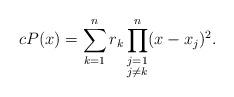
LaTeX: \begin{align*}cP(x)=\sum_{k=1}^n r_k\prod_{\substack{j=1\\j\neq k}}^n (x-x_j)^2.\end{align*}